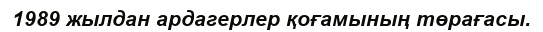
1989 жылдан ардагерлер қоғамының төрағасы.